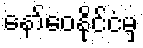
နော်ဝေနိုင်ငံမှ